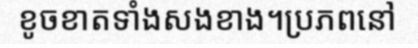
ខូចខាតទាំងសងខាង។ប្រភពនៅ